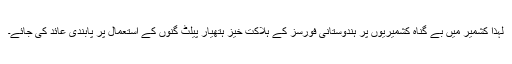
لہٰذا کشمیر میں بے گناہ کشمیریوں پر ہندوستانی فورسز کے ہلاکت خیز ہتھیار پیلٹ گنوں کے استعمال پر پابندی عائد کی جائے۔